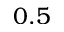
0 . 5